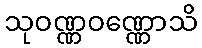
သုဝဏ္ဏဝဏ္ဏောသိ